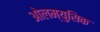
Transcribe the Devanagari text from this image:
ओलम्युसिक